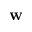
\bf { w }